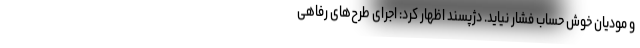
و مودیان خوش حساب فشار نیاید. دژپسند اظهار کرد: اجرای طرح‌های رفاهی